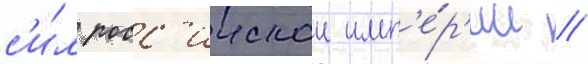
с'и́л росс'иискои имп'е́р'ии /